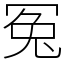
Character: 冤